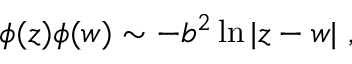
\phi ( z ) \phi ( w ) \sim - b ^ { 2 } \ln | z - w | ~ , ~ ~ ~